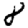
Digit: 8